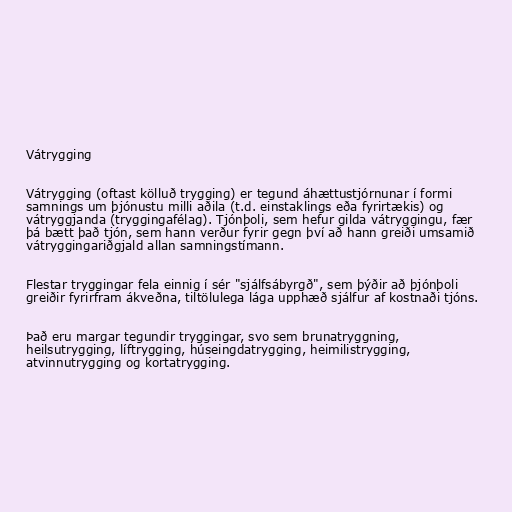
Vátrygging

Vátrygging (oftast kölluð trygging) er tegund áhættustjórnunar í formi
samnings um þjónustu milli aðila (t.d. einstaklings eða fyrirtækis) og
vátryggjanda (tryggingafélag). Tjónþoli, sem hefur gilda vátryggingu, fær
þá bætt það tjón, sem hann verður fyrir gegn því að hann greiði umsamið
vátryggingariðgjald allan samningstímann.

Flestar tryggingar fela einnig í sér "sjálfsábyrgð", sem þýðir að þjónþoli
greiðir fyrirfram ákveðna, tiltölulega lága upphæð sjálfur af kostnaði tjóns.

Það eru margar tegundir tryggingar, svo sem brunatryggning,
heilsutrygging, líftrygging, húseingdatrygging, heimilistrygging,
atvinnutrygging og kortatrygging.